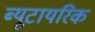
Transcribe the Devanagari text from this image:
ब्यूटायरिक